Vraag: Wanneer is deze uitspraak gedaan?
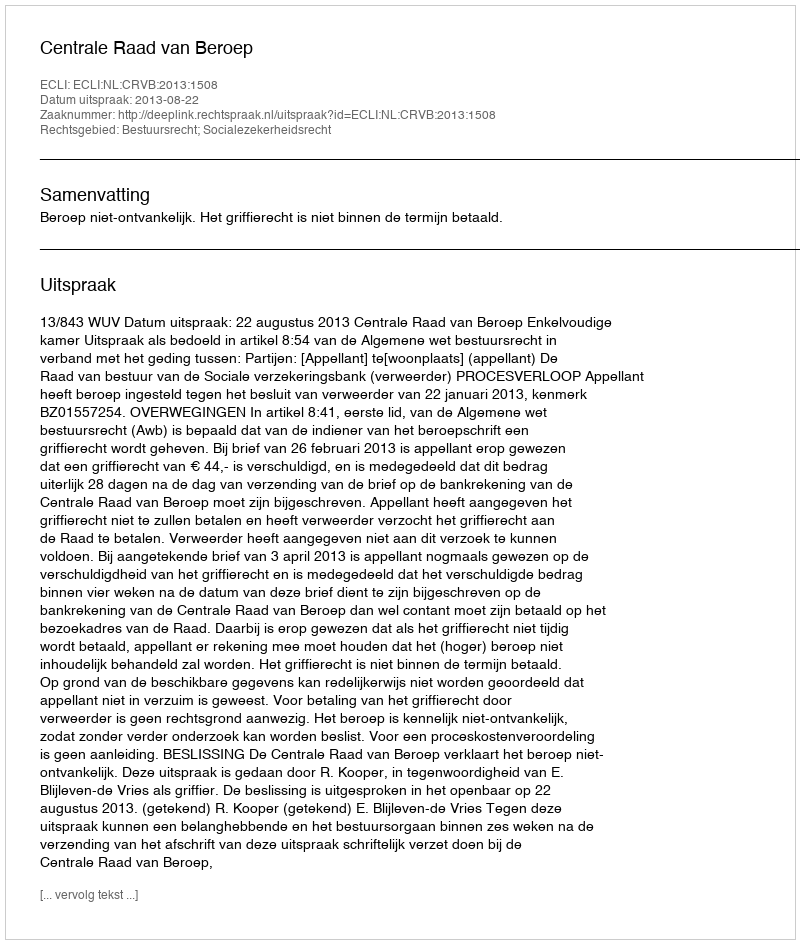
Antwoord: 2013-08-22